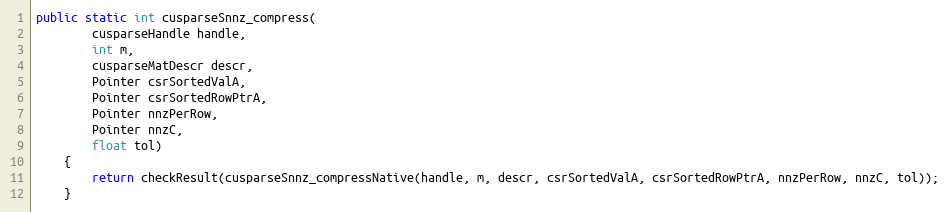
Language: Java
public static int cusparseSnnz_compress(
        cusparseHandle handle,
        int m,
        cusparseMatDescr descr,
        Pointer csrSortedValA,
        Pointer csrSortedRowPtrA,
        Pointer nnzPerRow,
        Pointer nnzC,
        float tol)
    {
        return checkResult(cusparseSnnz_compressNative(handle, m, descr, csrSortedValA, csrSortedRowPtrA, nnzPerRow, nnzC, tol));
    }